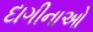
દાગીનાઓ